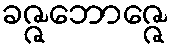
ခဇ္ဇဘောဇ္ဇေ